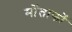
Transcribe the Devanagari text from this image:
मोंताफों